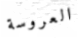
العروسة